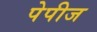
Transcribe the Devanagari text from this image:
पेपीज